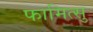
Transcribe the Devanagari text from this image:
फामित्सु